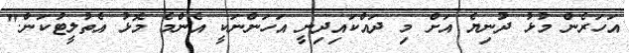
އަހަރެން މުޅު ދުނިޔެ އަށް މި ދައްކައިދިނީ އަހަންނަކީ އެންމެ މޮޅު އެތުލީޓުކަން."